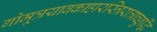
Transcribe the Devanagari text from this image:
गोमूत्रयावकाहारस्त्रिरात्राच्छुद्धिं